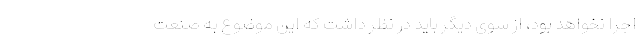
اجرا نخواهد بود، از سوی دیگر باید در نظر داشت که این موضوع به صنعت